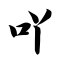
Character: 吖